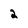
Character: 2